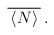
LaTeX: \begin{align*}\:\overline{\,\langle N \rangle \,} \,.\:\end{align*}